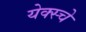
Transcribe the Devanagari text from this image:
येक्स्चे